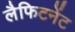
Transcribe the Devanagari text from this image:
लैफिटनेंट